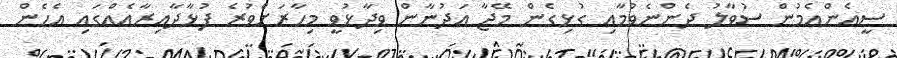
ސީއެންއެމުން ސުވާލު ދެންނެވުމާއި ގުޅިގެން މޭޖާ އަދުނާން ވިދާޅުވީ މިހާރަށްވުރެ ފުޅާދާއިރާއެއްގައި އެހެން